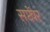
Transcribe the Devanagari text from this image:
सप्टेंवर